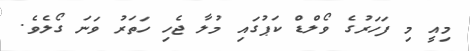
މިއީ މި ފަހަރުގެ ވޯލްޑް ކަޕުގައި މުލާ ޖެހި ހަތަރު ވަނަ ގޯލެވެ.